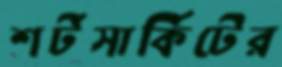
শর্টসার্কিটের